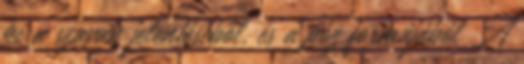
ki a szavak jelentéséből, és a póz formájából A